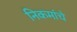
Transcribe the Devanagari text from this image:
निकमांचे